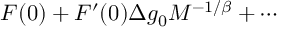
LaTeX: { \cal F } ( 0 ) + { \cal F } ^ { \prime } ( 0 ) \Delta g _ { 0 } { \cal M } ^ { - 1 / \beta } + \cdots